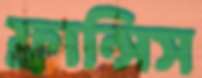
ফ্রান্সিস